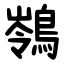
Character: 䳥